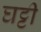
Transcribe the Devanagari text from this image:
घट्टी